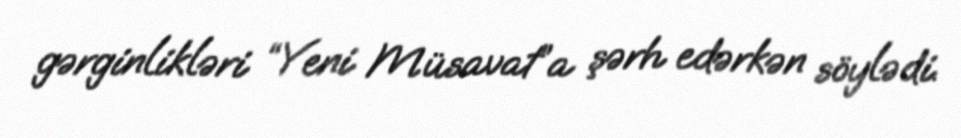
gərginlikləri “Yeni Müsavat”a şərh edərkən söylədi.